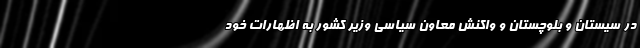
در سیستان و بلوچستان و واکنش معاون سیاسی وزیر کشور به اظهارات خود